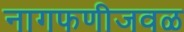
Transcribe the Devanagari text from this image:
नागफणीजवळ